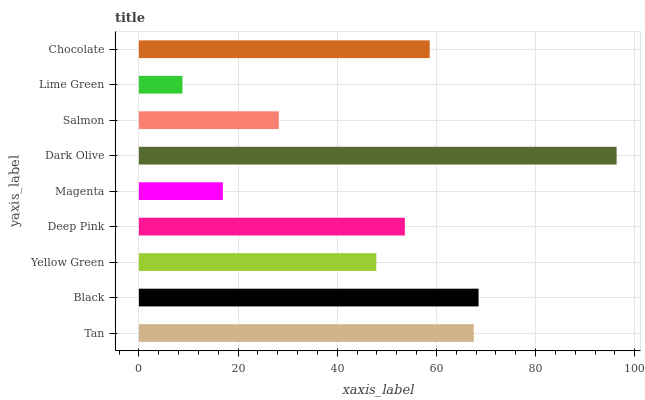
| yaxis_label | bars |
 | --- | --- |
 | Tan | 67.5 |
 | Black | 68.5 |
 | Yellow Green | 47.9 |
 | Deep Pink | 53.6 |
 | Magenta | 16.9 |
 | Dark Olive | 96.3 |
 | Salmon | 28.2 |
 | Lime Green | 8.79 |
 | Chocolate | 58.7 |